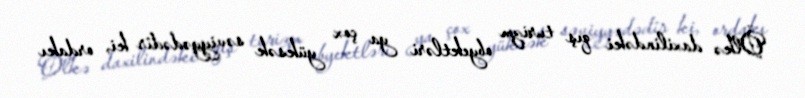
Ölkə daxilindəki qış turizm obyektləri ya çox yüksək səviyyədədir ki, ordakı